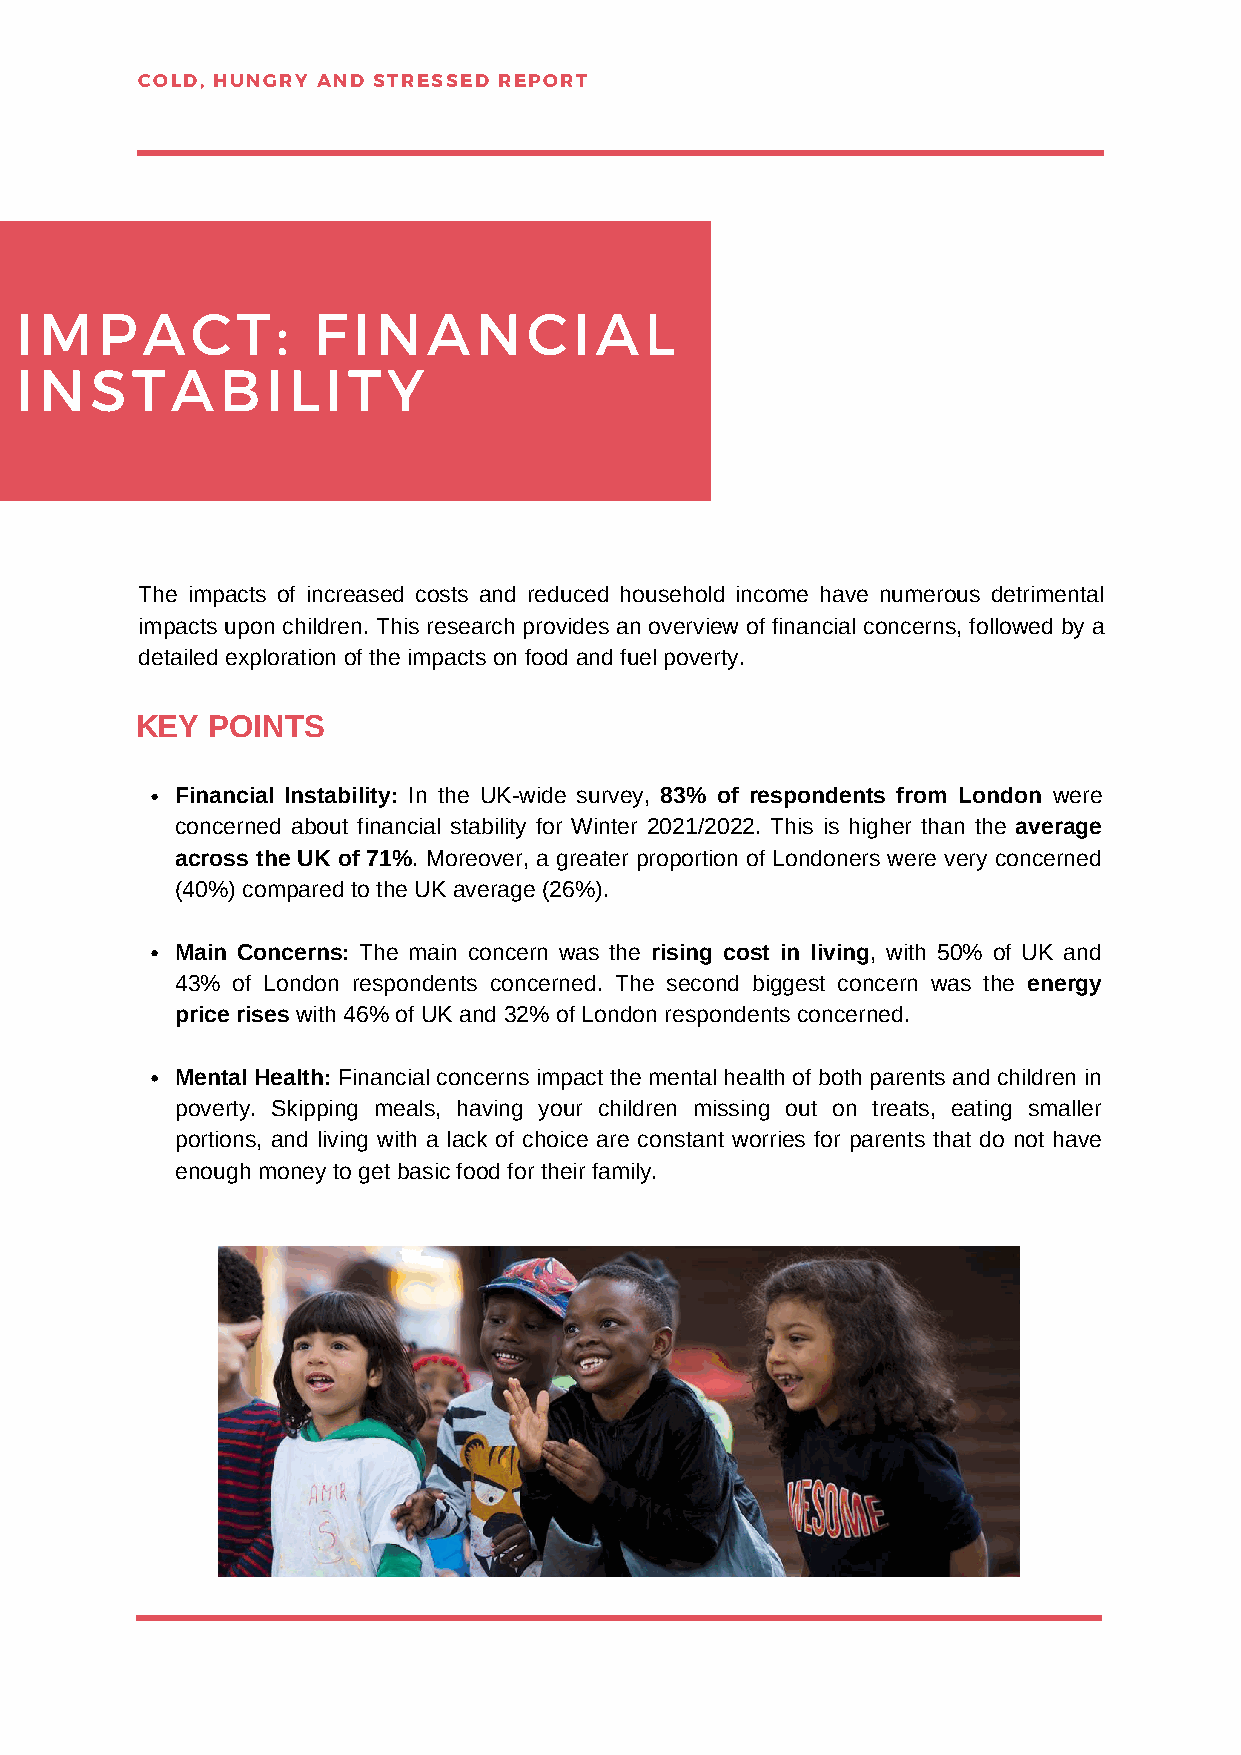
COLD, HUNGRY AND STRESSED REPORT
 IMPACT:             FINANCIAL
 INSTABILITY
 The impacts of increased costs and reduced household income have numerous detrimental
 impacts upon children. This research provides an overview of financial concerns, followed by a
 detailed exploration of the impacts on food and fuel poverty.
 KEY  POINTS
 Financial Instability: In the UK-wide survey, 83% of respondents from London were
 concerned about financial stability for Winter 2021/2022. This is higher than the average
 across the UK of 71%. Moreover, a greater proportion of Londoners were very concerned
 (40%) compared to the UK average (26%).
 Main Concerns: The main concern was the rising cost in living, with 50% of UK and
 43% of London respondents concerned. The second biggest concern was the energy
 price rises with 46% of UK and 32% of London respondents concerned.
 Mental Health: Financial concerns impact the mental health of both parents and children in
 poverty. Skipping meals, having your children missing out on treats, eating smaller
 portions, and living with a lack of choice are constant worries for parents that do not have
 enough money to get basic food for their family.